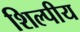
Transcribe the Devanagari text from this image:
शिल्पीय